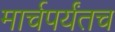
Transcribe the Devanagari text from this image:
मार्चपर्यंतच